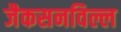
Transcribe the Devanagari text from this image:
जैकसनविल्ल